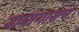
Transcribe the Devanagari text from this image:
नायागाराचे